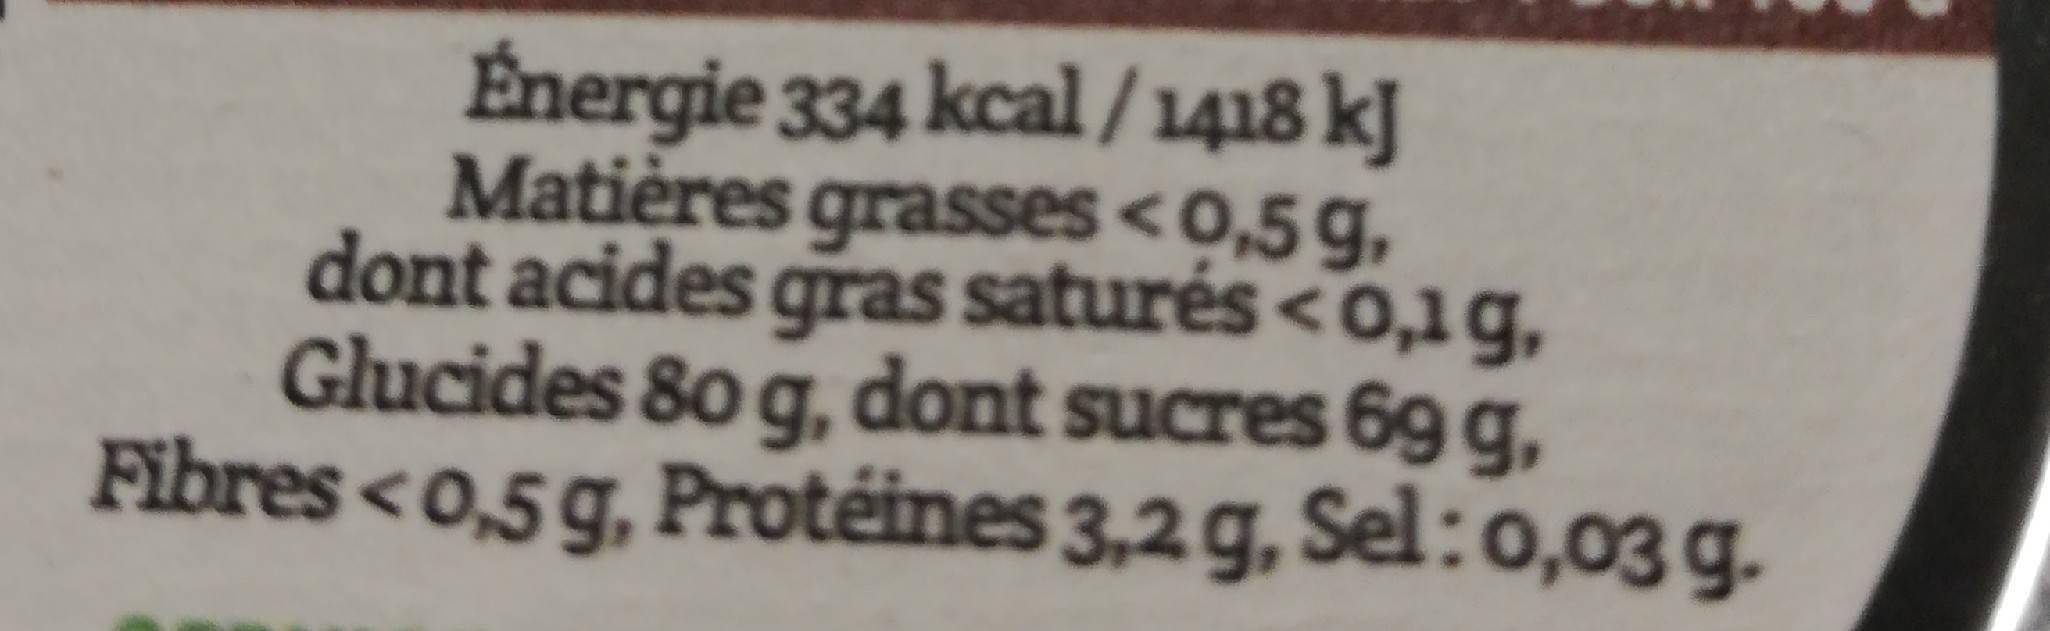
Énergie 334 kcal / 1418 kJ Matières grasses <0,5 g, dont acides gras saturés <0,1g, Glucides 80 g, dont sucres 69 g, Fibres <0,5 g, Protéines 3,2g, Sel:0,03 g.